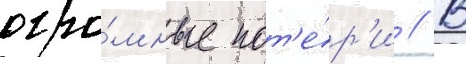
огро́мные пот'е́р'и // В